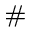
^ { \# }